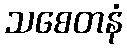
သစေတနံ